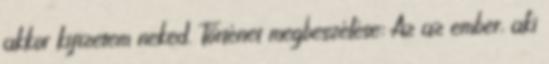
akkor kifizetem neked. Történet megbeszélése: Az az ember, aki